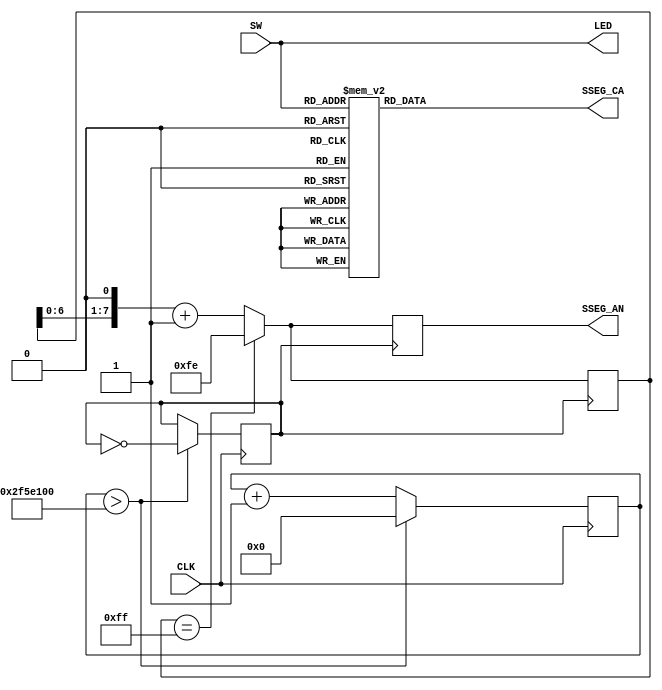
`timescale 1ns / 1ps
//////////////////////////////////////////////////////////////////////////////////
// Company: 
// Engineer: 
// 
// Design Name: 
// Module Name: sev_seg
// Project Name: 
// Target Devices: 
// Tool Versions: 
// Description: 
// 
// Dependencies: 
// 
// Revision:
// Revision 0.01 - File Created
// Additional Comments:
// 
//////////////////////////////////////////////////////////////////////////////////


module sev_seg(
    input [3:0]SW,
    input CLK,
    output reg [7:0]SSEG_CA,
    output reg [7:0]SSEG_AN,
    output [3:0]LED
    );
    
    assign LED = SW;
    reg [7:0]hold;
        // This code slows down the 100 Mhz clock to a 1 second period.
    reg [31:0]counter_out;
    reg Clk_Slow;
        initial begin
        counter_out<= 32'h00000000;
        Clk_Slow <=0;
        hold <= 8'b11111111;
        end    
    //this always block runs on the fast 100MHz clock
    always @(posedge CLK) begin
        counter_out<=    counter_out + 32'h00000001;        
        if (counter_out  > 32'h02F5E100) begin
            counter_out<= 32'h00000000;
            Clk_Slow <= !Clk_Slow;
            end
        end
    
    
    always @(SW) begin
    case (SW)
    4'b0000: SSEG_CA <= 8'b11000000;
    4'b0001: SSEG_CA <= 8'b11111001;
    4'b0010: SSEG_CA <= 8'b10100100;
    4'b0011: SSEG_CA <= 8'b10110000;
    4'b0100: SSEG_CA <= 8'b10011001;
    4'b0101: SSEG_CA <= 8'b10010010;
    4'b0110: SSEG_CA <= 8'b10000010;
    4'b0111: SSEG_CA <= 8'b11111000;
    4'b1000: SSEG_CA <= 8'b10000000;
    4'b1001: SSEG_CA <= 8'b10010000;
    4'b1010: SSEG_CA <= 8'b10001000;
    4'b1011: SSEG_CA <= 8'b10000011;
    4'b1100: SSEG_CA <= 8'b11000110;
    4'b1101: SSEG_CA <= 8'b10100001;
    4'b1110: SSEG_CA <= 8'b10000110;
    4'b1111: SSEG_CA <= 8'b10001110;
    endcase
    end
    
 
    always @(posedge Clk_Slow) begin

     if (hold == 8'b11111111) begin
       hold = 8'b11111110;
       end
     else begin
        hold = hold << 1;
        hold = hold + 1'b1;
     end  
     SSEG_AN = hold;
     end
     
endmodule